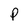
Character: P